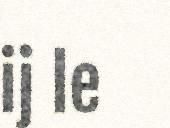
ij le